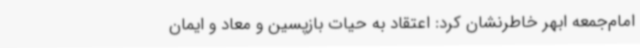
امام‌جمعه ابهر خاطرنشان کرد: اعتقاد به حیات بازپسین و معاد و ایمان